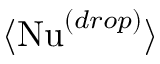
\langle \mathrm { N u } ^ { ( d r o p ) } \rangle